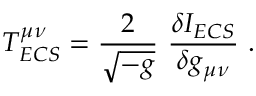
T _ { E C S } ^ { \mu \nu } = \frac { 2 } { \sqrt { - g } } \ \frac { \delta I _ { E C S } } { \delta g _ { \mu \nu } } \ .